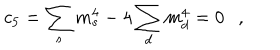
c _ { 5 } = \sum _ { s } m _ { s } ^ { 4 } - 4 \sum _ { d } m _ { d } ^ { 4 } = 0 ,